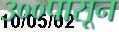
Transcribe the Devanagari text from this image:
३००पासून